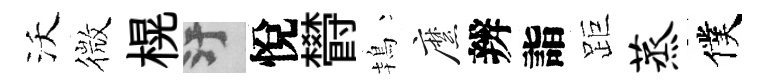
沃微榥污悅欎鴇縻辨詣距蒸僕